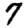
Digit: 7